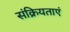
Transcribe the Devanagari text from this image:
संक्रियताएं